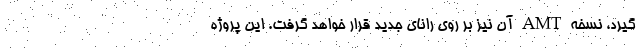
گیرد، نسخه AMT آن نیز بر روی رانای جدید قرار خواهد گرفت. این پروژه